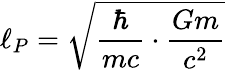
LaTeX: \ell_{P}={\sqrt{{\frac{\hbar}{mc}}\cdot{\frac{Gm}{c^{2}}}}}